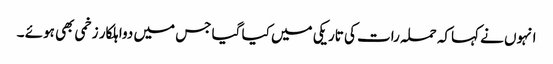
انہوں نے کہاکہ حملہ رات کی تاریکی میں کیا گیا جس میں دواہلکار زخمی بھی ہوئے ۔